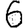
Digit: 6